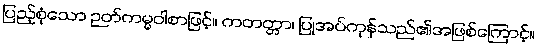
ပြည့်စုံသော ဉတ်ကမ္မဝါစာဖြင့်။ ကတတ္တာ၊ ပြုအပ်ကုန်သည်၏အဖြစ်ကြောင့်။